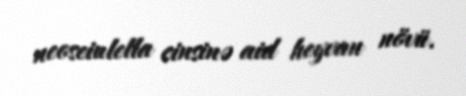
neoseiulella cinsinə aid heyvan növü.